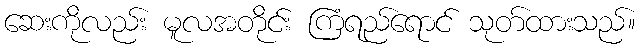
ဆေးကိုလည်း မူလအတိုင်း ကြံရည်ရောင် သုတ်ထားသည်။